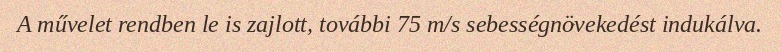
A művelet rendben le is zajlott, további 75 m/s sebességnövekedést indukálva.